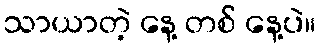
သာယာတဲ့ နေ့ တစ် နေ့ပဲ။